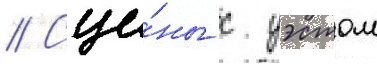
// Сце́ны с уэстом